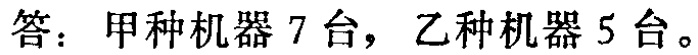
答：甲种机器 7 台，乙种机器 5 台。